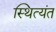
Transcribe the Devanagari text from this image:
स्थित्यंत